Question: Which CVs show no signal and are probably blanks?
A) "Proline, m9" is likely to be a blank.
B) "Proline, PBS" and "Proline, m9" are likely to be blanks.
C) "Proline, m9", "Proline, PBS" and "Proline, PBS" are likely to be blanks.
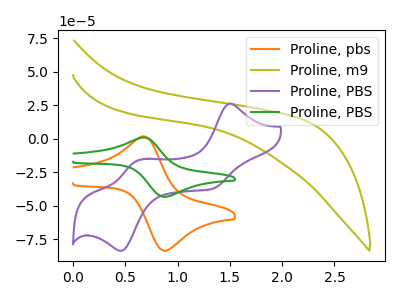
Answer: <think>The orange curve "Proline, pbs" has an anodic peak at (0.65V, 1.75uA) and a cathodic peak at (0.90V, -83.50uA). The olive curve "Proline, m9" has no peaks. The purple curve "Proline, PBS" has anodic peaks at (1.50V, 26.15uA) (0.60V, -16.55uA) and cathodic peaks at (1.35V, -37.25uA) (0.45V, -83.55uA). The green curve "Proline, PBS" has an anodic peak at (0.65V, 0.90uA) and a cathodic peak at (0.90V, -43.35uA).</think>
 <answer>A) "Proline, m9" is likely to be a blank.</answer>
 <eval>A</eval>